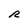
Character: R